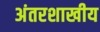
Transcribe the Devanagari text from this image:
अंतरशाखीय